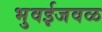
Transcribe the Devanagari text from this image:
भुवईजवळ